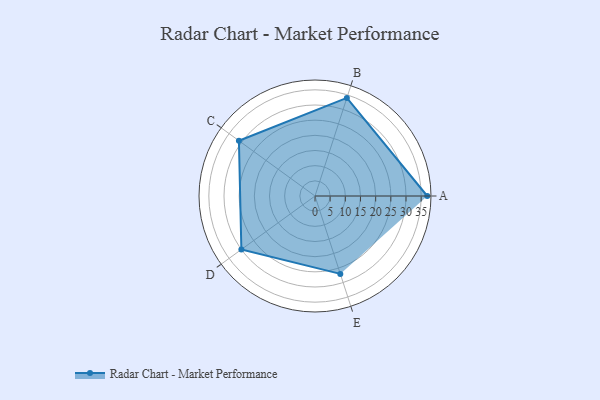
{"axis": {"x": "Skill", "y": "Score"}, "legend": ["Profile"], "data": [{"x": "A", "y": 37.0, "type": "Profile"}, {"x": "B", "y": 34.0, "type": "Profile"}, {"x": "C", "y": 31.0, "type": "Profile"}, {"x": "D", "y": 30.0, "type": "Profile"}, {"x": "E", "y": 27.0, "type": "Profile"}]}